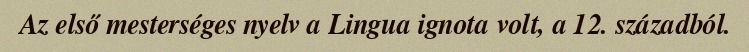
Az első mesterséges nyelv a Lingua ignota volt, a 12. századból.